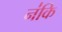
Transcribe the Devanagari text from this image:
न॑कि